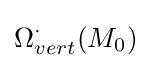
\Omega _{vert}^{\cdot }(M_{0})